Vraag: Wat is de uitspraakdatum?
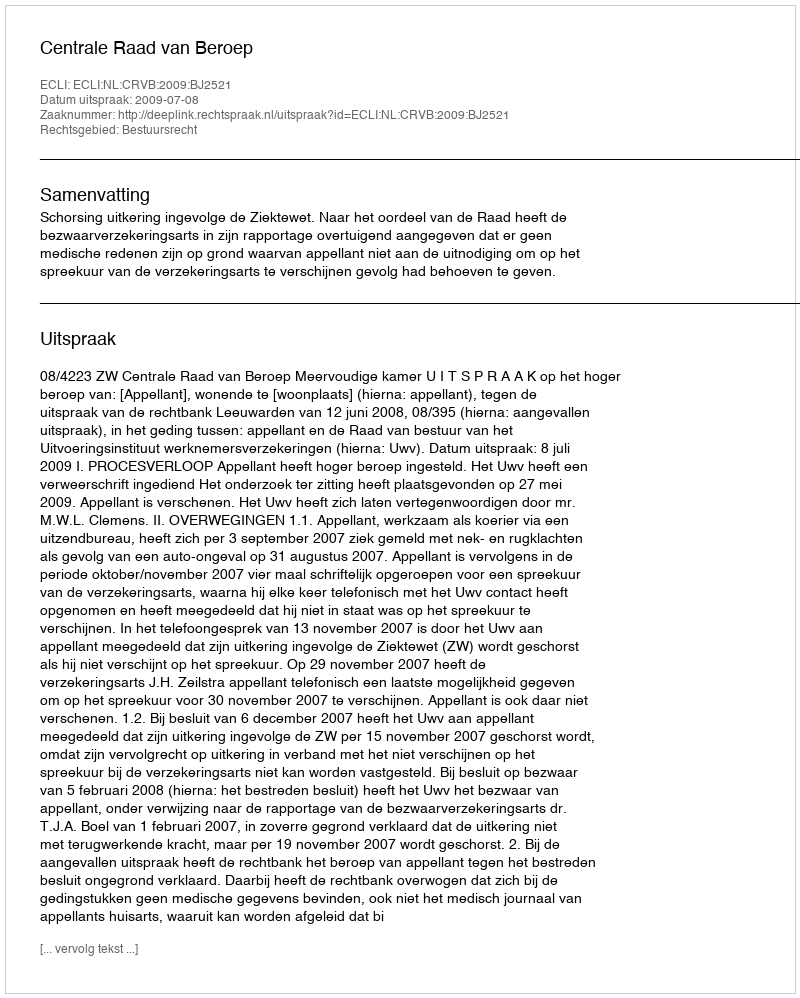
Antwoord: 2009-07-08